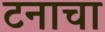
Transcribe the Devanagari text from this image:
टनाचा